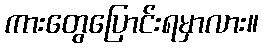
ကားတွေပြောင်းရမှာလား။